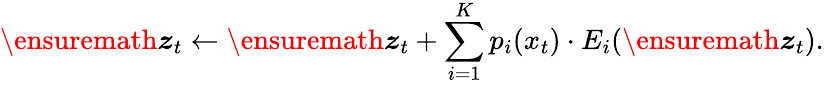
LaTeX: \ensuremath{\boldsymbol{z}}_{t}\gets\ensuremath{\boldsymbol{z}}_{t}+\sum_{i=1}^{K}p_{i}(x_{t})\cdot E_{i}(\ensuremath{\boldsymbol{z}}_{t}).